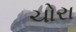
ચોરા